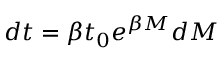
d t = \beta t _ { 0 } e ^ { \beta M } d M